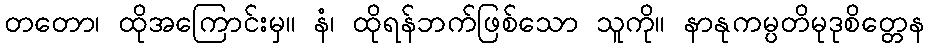
တတော၊ ထိုအကြောင်းမှ။ နံ၊ ထိုရန်ဘက်ဖြစ်သော သူကို။ နာနုကမ္ပတိမုဒုစိတ္တေန